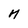
Character: n